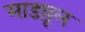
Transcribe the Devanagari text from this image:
माडय़ूल